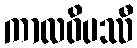
ကာလဝိပဿီ